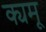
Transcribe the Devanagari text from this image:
क्यमू